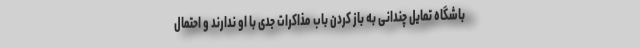
باشگاه تمایل چندانی به باز کردن باب مذاکرات جدی با او ندارند و احتمال